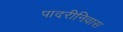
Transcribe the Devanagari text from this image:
पादरीनिवास